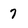
Character: 7